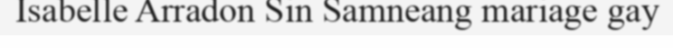
Isabelle Arradon Sin Samneang mariage gay